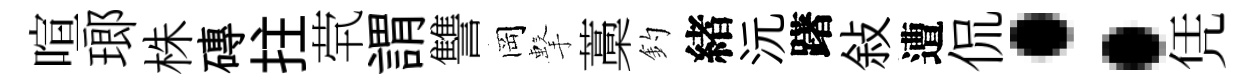
喧瑯株磚拄茕謂讐岡擊藁釣緖沅躇敍遭侃：凭